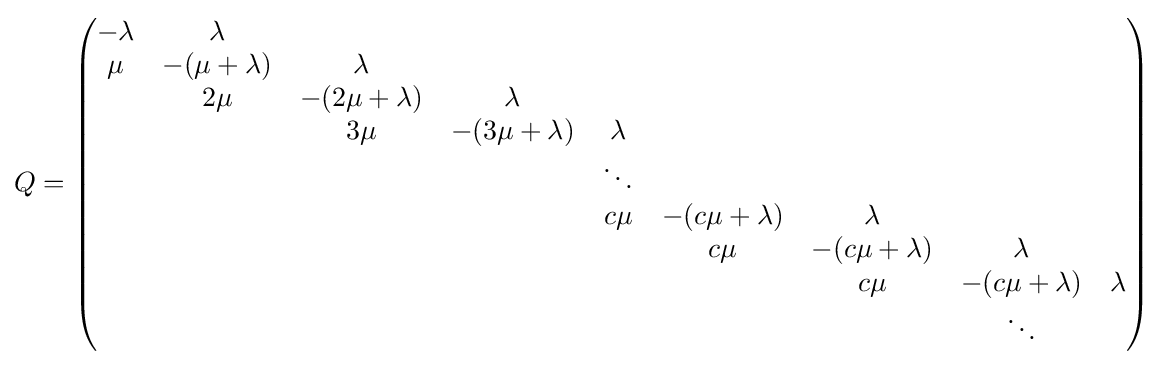
Q={\begin{pmatrix}-\lambda &\lambda \\\mu &-(\mu +\lambda )&\lambda \\&2\mu &-(2\mu +\lambda )&\lambda \\&&3\mu &-(3\mu +\lambda )&\lambda \\&&&&\ddots \\&&&&c\mu &-(c\mu +\lambda )&\lambda \\&&&&&c\mu &-(c\mu +\lambda )&\lambda \\&&&&&&c\mu &-(c\mu +\lambda )&\lambda \\&&&&&&&\ddots \\\end{pmatrix}}